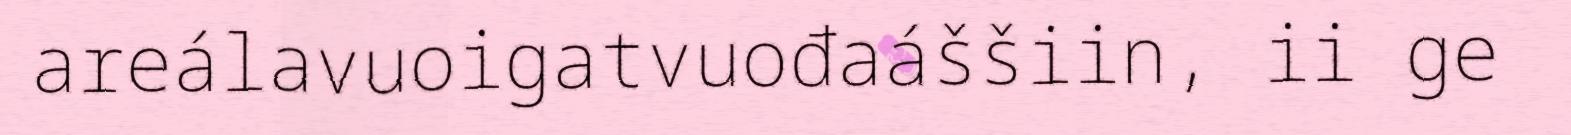
areálavuoigatvuođaáššiin, ii ge